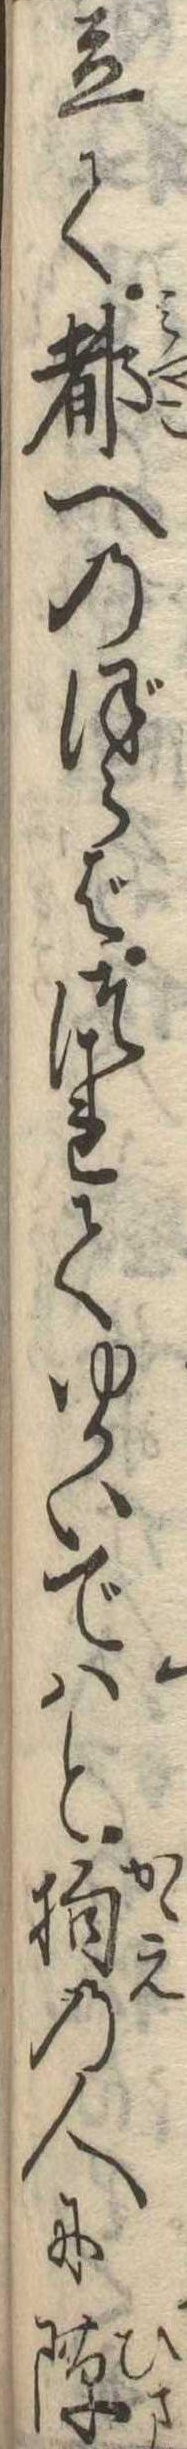
立て都へのぼらばつれてゆかいではと抱の人に隙